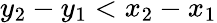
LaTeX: y_{2}-y_{1}<x_{2}-x_{1}